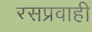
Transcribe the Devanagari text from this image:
रसप्रवाही